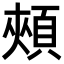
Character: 頰